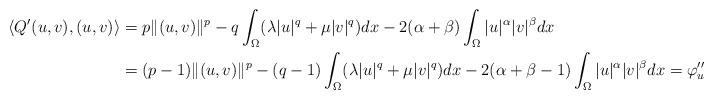
LaTeX: \begin{align*}\langle Q'(u,v), (u,v)\rangle&=p\|(u,v)\|^p-q\int_\Omega (\lambda |u|^{q}+\mu |v|^{q})dx -2(\alpha+\beta)\int_\Omega |u|^{\alpha}|v|^\beta dx \\&=(p-1)\|(u,v)\|^p-(q-1)\int_\Omega (\lambda |u|^{q}+\mu|v|^q)dx-2(\alpha+\beta-1) \int_\Omega |u|^{\alpha}|v|^\beta dx=\varphi_{u,v}''(1)\neq 0,\end{align*}